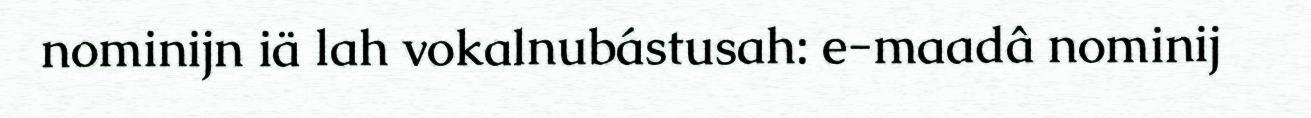
nominijn iä lah vokalnubástusah: e-maadâ nominij